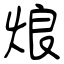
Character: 烺